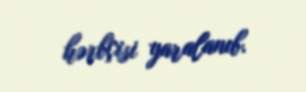
hərbçisi yaralanıb.